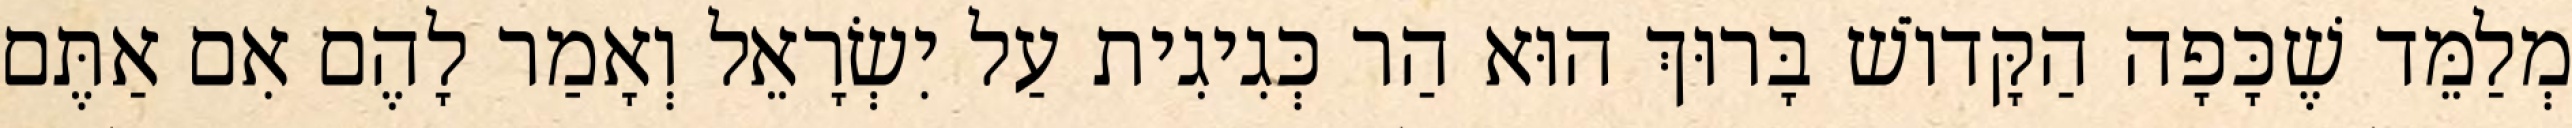
מְלַמֵּד שֶׁכָּפָה הַקָּדוֹשׁ בָּרוּךְ הוּא הַר כְּגִיגִית עַל יִשְׂרָאֵל וְאָמַר לָהֶם אִם אַתֶּם